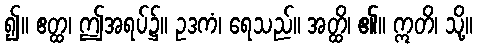
၍။ ဧတ္ထ၊ ဤအရပ်၌။ ဥဒကံ၊ ရေသည်။ အတ္ထိ၊ ၏။ ဣတိ၊ သို့။